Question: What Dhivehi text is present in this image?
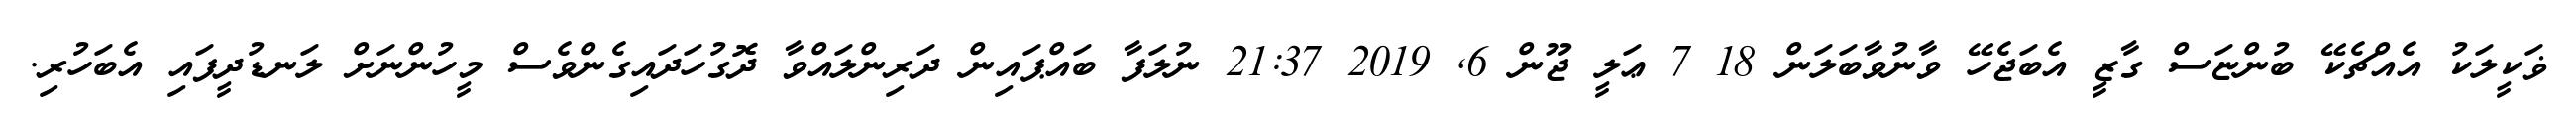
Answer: ޥަކީލަކު އެއްޗެކޭ ބުންޏަސް ގާޒީ އެބަޖެހޭ ވާނުވާބަލަން 18 7 ޢަލީ ޖޫން 6, 2019 21:37 ނުލަފާ ބައްޕައިން ދަރިންލައްވާ ދޮގުހަދައިގެންވެސް މީހުންނަށް ލަނޑުދީފައި އެބަހުރި.